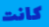
كانت